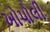
ખોપોલી